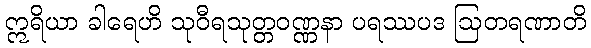
ဣရိယာ ခါရေဟိ သုဝီရသုတ္တဝဏ္ဏနာ ပရဿပဒ ဩတရဏာတိ